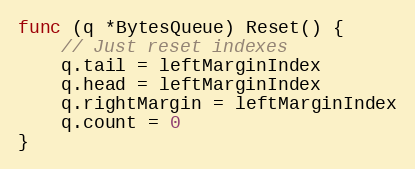
Language: Go
func (q *BytesQueue) Reset() {
	// Just reset indexes
	q.tail = leftMarginIndex
	q.head = leftMarginIndex
	q.rightMargin = leftMarginIndex
	q.count = 0
}